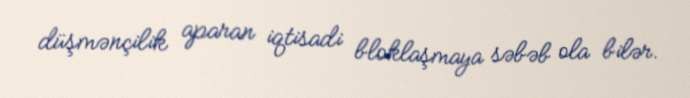
düşmənçilik aparan iqtisadi bloklaşmaya səbəb ola bilər.